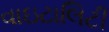
વાઇટાલિટી